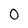
Character: 0